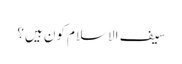
سیف الاسلام کون ہیں؟